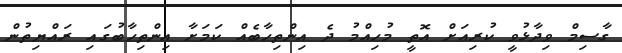
ގާސިމް ވިދާޅުވީ ކުރިއަށް އޮތީ މުހިއްމު ދެ އިންތިހާބެއް ކަމަށާ އިންތިހާބުގައި ރައްޔިތުން